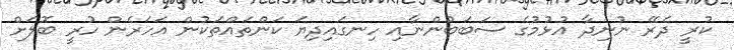
ކުރީ ދެރޭ ނުނިދާ އުޅުމުގެ ސަބަބުންނާއި ހިނގައިދިޔަ ކަންތައްތަކުން އަހަރެން ހުރީ ބޮލަށް